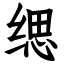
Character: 缌